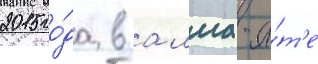
2015 го́да в алма-а́т'е